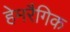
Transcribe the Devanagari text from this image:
हेमरैगिक